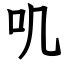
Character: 叽